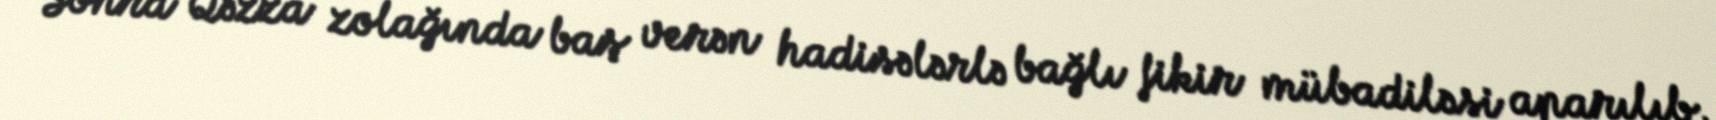
Sonra Qəzza zolağında baş verən hadisələrlə bağlı fikir mübadiləsi aparılıb,